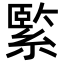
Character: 𦃂